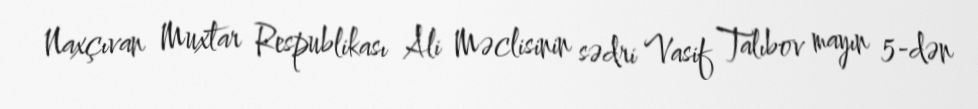
Naxçıvan Muxtar Respublikası Ali Məclisinin sədri Vasif Talıbov mayın 5-dən